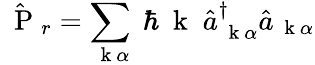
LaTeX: \hat{\mathrm{~\mathbf~P~}}_{r}=\sum_{\mathrm{~\mathbf~k~}\alpha}\; \hbar\mathrm{~\mathbf~k~}\; \hat{a}_{\mathrm{~\mathbf~k~}\alpha}^{\dagger}\hat{a}_{\mathrm{~\mathbf~k~}\alpha}